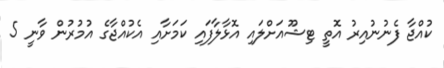
ކުއްޖާ ފެނުނުއިރު އޮތީ ޓިޝޫއަށްލައި އޮޅާލާފައި ކަމަށާއި އެކުއްޖާގެ އުމުރުން ވާނީ 5